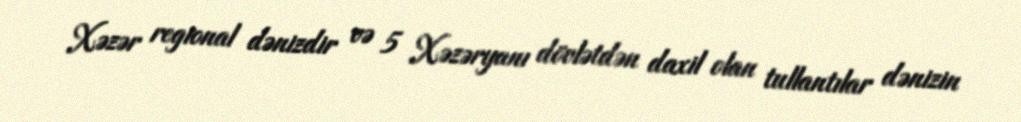
Xəzər regional dənizdir və 5 Xəzəryanı dövlətdən daxil olan tullantılar dənizin